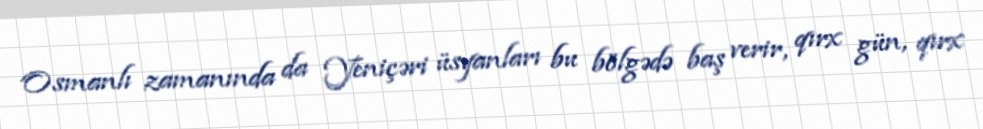
Osmanlı zamanında da Yeniçəri üsyanları bu bölgədə baş verir, qırx gün, qırx